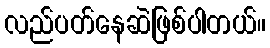
လည်ပတ်နေဆဲဖြစ်ပါတယ်။